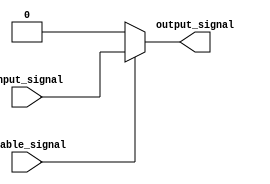
module buffer_with_enable (
    input wire input_signal,
    input wire enable_signal,
    output reg output_signal
);

    always @ (input_signal, enable_signal)
    begin
        if (enable_signal)
            output_signal <= input_signal;
        else
            output_signal <= 1'b0; // Or any other constant value
    end

endmodule